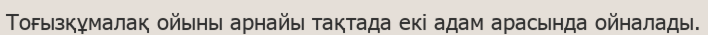
Тоғызқұмалақ ойыны арнайы тақтада екі адам арасында ойналады.